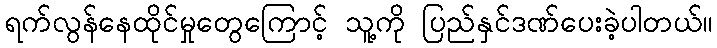
ရက်လွန်နေထိုင်မှုတွေကြောင့် သူ့ကို ပြည်နှင်ဒဏ်ပေးခဲ့ပါတယ်။